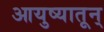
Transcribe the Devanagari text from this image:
आयुष्यातून्